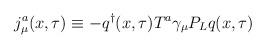
LaTeX: \begin{align*}j_{\mu}^a ( x, \tau ) \equiv - q^\dag ( x, \tau ) T^{a} {\gamma}_{\mu} P_L q ( x, \tau ) \end{align*}